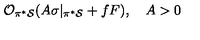
{ \cal O } _ { \pi ^ { * } { \cal S } } ( A \sigma | _ { \pi ^ { * } { \cal S } } + f F ) , \quad A > 0